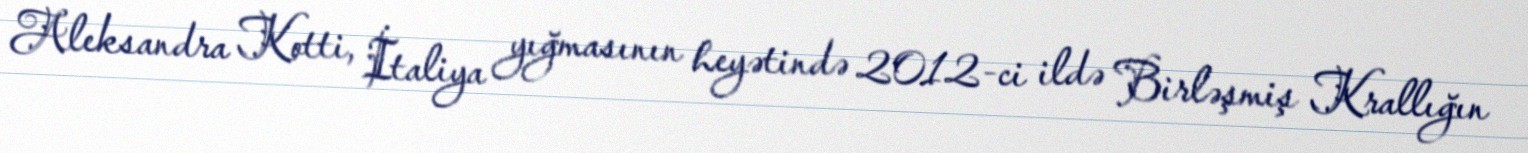
Aleksandra Kotti, İtaliya yığmasının heyətində 2012-ci ildə Birləşmiş Krallığın